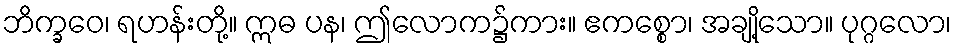
ဘိက္ခဝေ၊ ရဟန်းတို့။ ဣဓ ပန၊ ဤလောက၌ကား။ ဧကစ္စော၊ အချို့သော။ ပုဂ္ဂလော၊